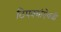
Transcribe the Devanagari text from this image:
ठिपक्यांऐवजी